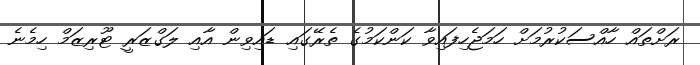
ރަށްތައް ހާއްސަކުރުމަށް ހަމަޖެހިފައިވާ ކަންކަމުގެ ތެރޭގައި ޑައިވިން އާއި ލަގްޒަރީ ޓޫރިޒަމް ހިމެނެ